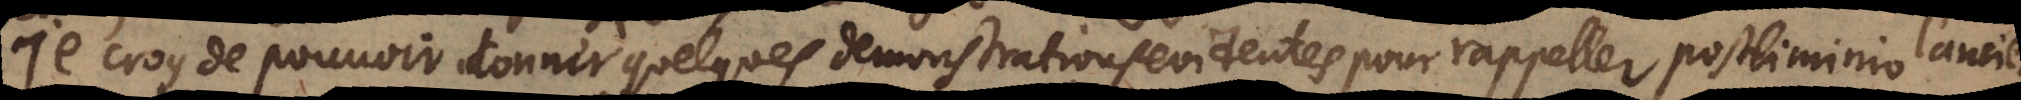
Je croy de pouvoir donner quelques demonstrations evidentes pour rappeller postliminio l’ancienne